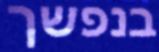
בנפשך